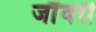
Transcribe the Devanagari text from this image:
जौंवरी